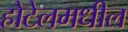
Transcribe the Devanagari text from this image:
होटेलमधील